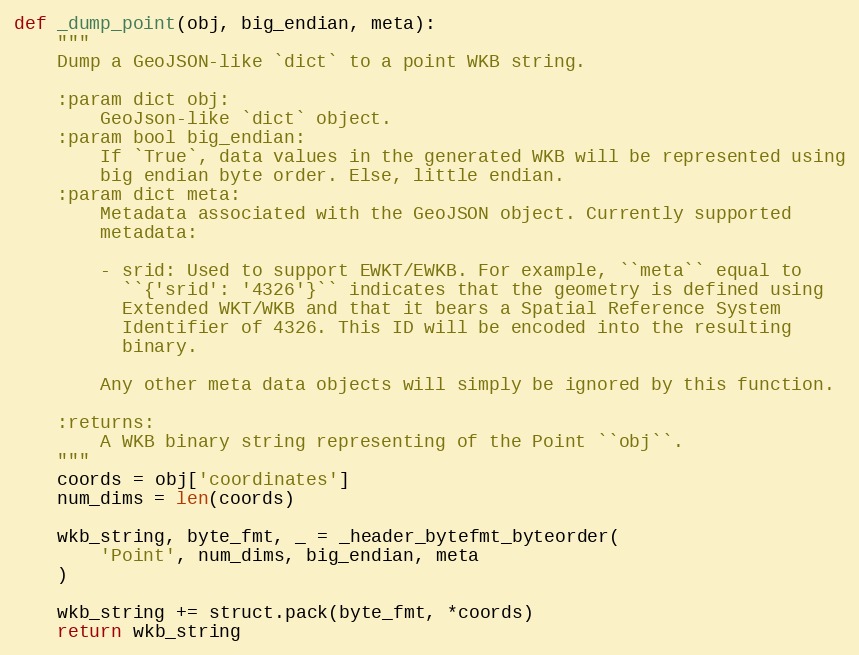
Language: Python
def _dump_point(obj, big_endian, meta):
    """
    Dump a GeoJSON-like `dict` to a point WKB string.

    :param dict obj:
        GeoJson-like `dict` object.
    :param bool big_endian:
        If `True`, data values in the generated WKB will be represented using
        big endian byte order. Else, little endian.
    :param dict meta:
        Metadata associated with the GeoJSON object. Currently supported
        metadata:

        - srid: Used to support EWKT/EWKB. For example, ``meta`` equal to
          ``{'srid': '4326'}`` indicates that the geometry is defined using
          Extended WKT/WKB and that it bears a Spatial Reference System
          Identifier of 4326. This ID will be encoded into the resulting
          binary.

        Any other meta data objects will simply be ignored by this function.

    :returns:
        A WKB binary string representing of the Point ``obj``.
    """
    coords = obj['coordinates']
    num_dims = len(coords)

    wkb_string, byte_fmt, _ = _header_bytefmt_byteorder(
        'Point', num_dims, big_endian, meta
    )

    wkb_string += struct.pack(byte_fmt, *coords)
    return wkb_string